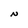
Character: N